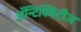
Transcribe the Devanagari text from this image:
अॅन्टिक्विटीज